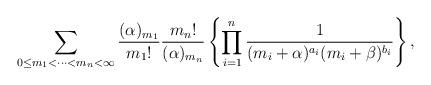
LaTeX: \begin{align*}\sum_{0\le m_1< \cdots<m_{n}<\infty}\frac{(\alpha)_{m_1}}{{m_1}!}\frac{{m_n}!}{(\alpha)_{m_n}}\left\{\prod_{i=1}^{n}\frac{1}{(m_i+\alpha)^{a_i}(m_i+\beta)^{b_i}}\right\},\end{align*}